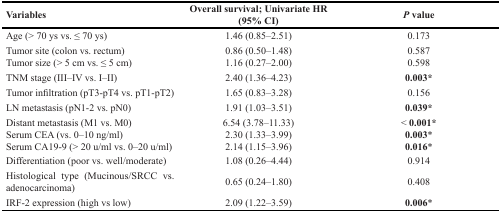
<table><thead><tr><td><b>Variables</b></td><td><b>Overall survival; Univariate HR (95% CI)</b></td><td><b><i>P</i> value</b></td></tr></thead><tbody><tr><td>Age (&gt; 70 ys vs. ≤ 70 ys)</td><td>1.46 (0.85–2.51)</td><td>0.173</td></tr><tr><td>Tumor site (colon vs. rectum)</td><td>0.86 (0.50–1.48)</td><td>0.587</td></tr><tr><td>Tumor size (&gt; 5 cm vs. ≤ 5 cm)</td><td>1.16 (0.27–2.00)</td><td>0.598</td></tr><tr><td>TNM stage (III–IV vs. I–II)</td><td>2.40 (1.36–4.23)</td><td><b>0.003</b>*</td></tr><tr><td>Tumor infiltration (pT3-pT4 vs. pT1-pT2)</td><td>1.65 (0.83–3.28)</td><td>0.156</td></tr><tr><td>LN metastasis (pN1-2 vs. pN0)</td><td>1.91 (1.03–3.51)</td><td><b>0.039</b>*</td></tr><tr><td>Distant metastasis (M1 vs. M0)</td><td>6.54 (3.78–11.33)</td><td>&lt; <b>0.001</b>*</td></tr><tr><td>Serum CEA (vs. 0–10 ng/ml)</td><td>2.30 (1.33–3.99)</td><td><b>0.003</b>*</td></tr><tr><td>Serum CA19-9 (&gt; 20 u/ml vs. 0–20 u/ml)</td><td>2.14 (1.15–3.96)</td><td><b>0.016</b>*</td></tr><tr><td>Differentiation (poor vs. well/moderate)</td><td>1.08 (0.26–4.44)</td><td>0.914</td></tr><tr><td>Histological type (Mucinous/SRCC vs. adenocarcinoma)</td><td>0.65 (0.24–1.80)</td><td>0.408</td></tr><tr><td>IRF-2 expression (high vs low)</td><td>2.09 (1.22–3.59)</td><td><b>0.006</b>*</td></tr></tbody></table>